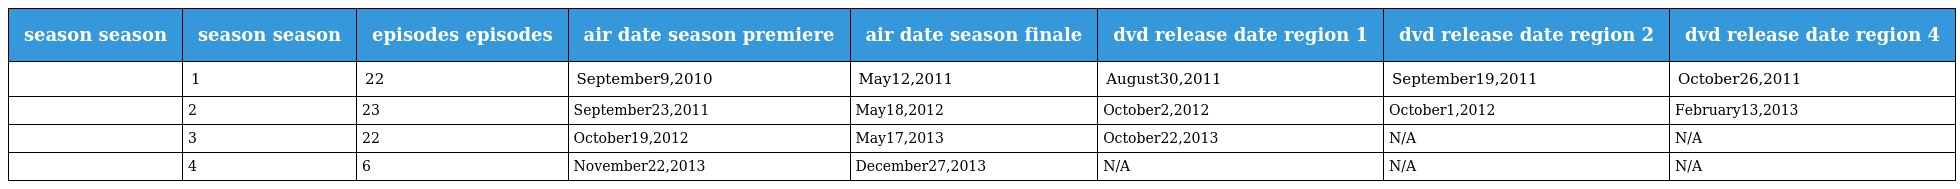
| season season | season season | episodes episodes | air date season premiere | air date season finale | dvd release date region 1 | dvd release date region 2 | dvd release date region 4 |
 | --- | --- | --- | --- | --- | --- | --- | --- |
 |  | 1 | 22 | September9,2010 | May12,2011 | August30,2011 | September19,2011 | October26,2011 |
 |  | 2 | 23 | September23,2011 | May18,2012 | October2,2012 | October1,2012 | February13,2013 |
 |  | 3 | 22 | October19,2012 | May17,2013 | October22,2013 | N/A | N/A |
 |  | 4 | 6 | November22,2013 | December27,2013 | N/A | N/A | N/A |